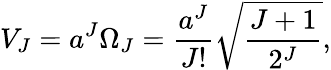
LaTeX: V_{J}=a^{J}\Omega_{J}={\frac{a^{J}}{J!}}\sqrt{\frac{J+1}{2^{J}}},